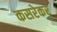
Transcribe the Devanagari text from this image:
कसरेकर